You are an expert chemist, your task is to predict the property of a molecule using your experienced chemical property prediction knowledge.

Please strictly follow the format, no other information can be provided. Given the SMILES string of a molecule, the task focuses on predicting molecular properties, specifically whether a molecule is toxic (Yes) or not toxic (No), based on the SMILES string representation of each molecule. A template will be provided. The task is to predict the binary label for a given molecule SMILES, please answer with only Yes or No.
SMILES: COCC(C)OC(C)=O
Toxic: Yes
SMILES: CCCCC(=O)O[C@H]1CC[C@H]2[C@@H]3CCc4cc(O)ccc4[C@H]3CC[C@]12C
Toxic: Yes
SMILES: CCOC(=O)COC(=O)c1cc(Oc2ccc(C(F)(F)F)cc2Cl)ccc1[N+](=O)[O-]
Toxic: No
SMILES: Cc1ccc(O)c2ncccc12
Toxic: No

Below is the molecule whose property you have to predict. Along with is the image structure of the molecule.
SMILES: CC(=O)OC1CN2CCC1CC2
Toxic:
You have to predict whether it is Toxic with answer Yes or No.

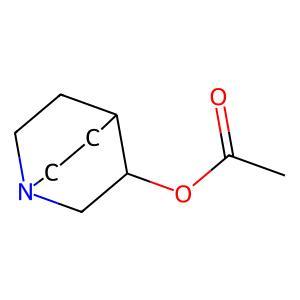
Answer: No